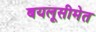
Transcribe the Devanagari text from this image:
बयलूसीमेत